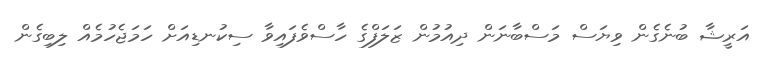
އަރީޝާ ބުނެގެން ވިޔަސް މަސްބާނަން ދިއުމުން ޒަލަފްގެ ހާސްވެފައިވާ ސިކުނޑިއަށް ހަމަޖެހުމެއް ލިބިގެން